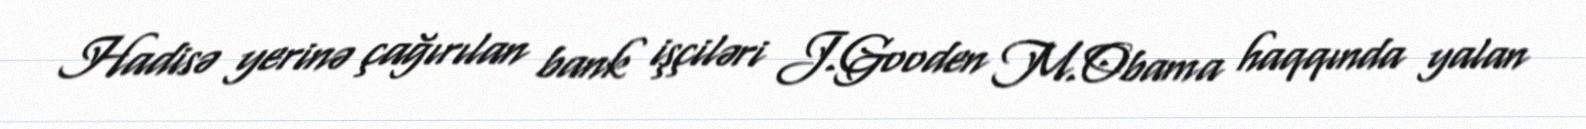
Hadisə yerinə çağırılan bank işçiləri J.Gooden M.Obama haqqında yalan